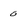
Character: 0